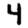
Digit: 4